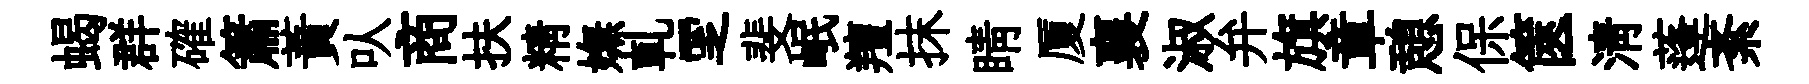
蝎群確簫蕡㕥商扶精嫵軋覂斐岷羶抹睛厦襄淑弁旗章憩保篋淸蓬紊